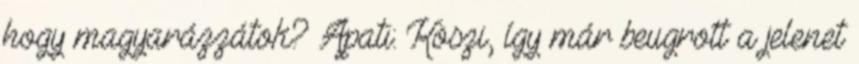
hogy magyarázzátok? Apati: Köszi, így már beugrott a jelenet